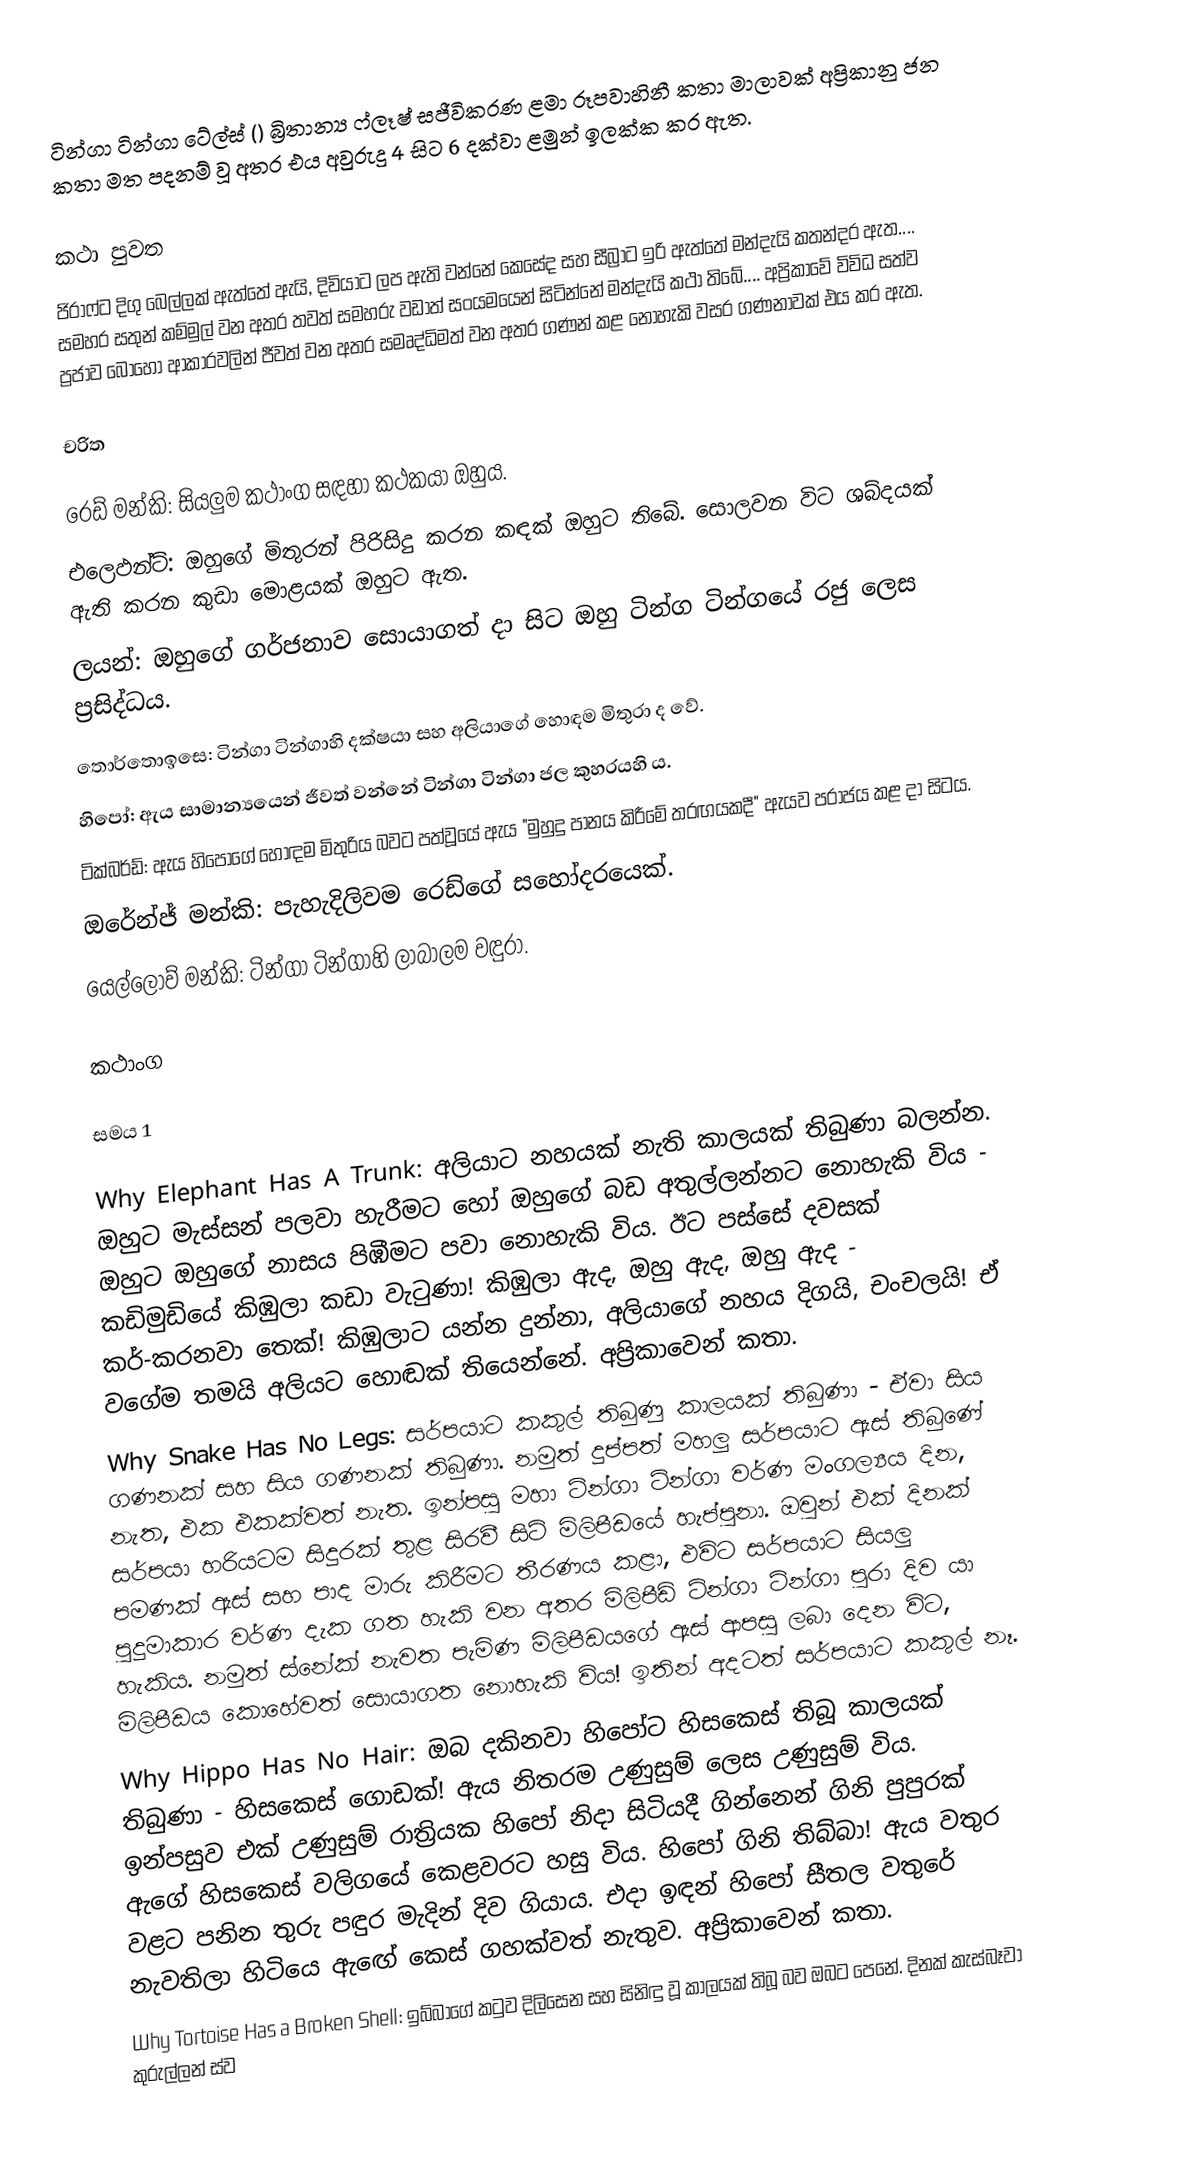
ටින්ගා ටින්ගා ටේල්ස් () බ්‍රිතාන්‍ය ෆ්ලෑෂ් සජීවිකරණ ළමා රූපවාහිනී කතා මාලාවක් අප්‍රිකානු ජන කතා මත පදනම් වූ අතර එය අවුරුදු 4 සිට 6 දක්වා ළමුන් ඉලක්ක කර ඇත.

කථා පුවත
ජිරාෆ්ට දිගු බෙල්ලක් ඇත්තේ ඇයි, දිවියාට ලප ඇති වන්නේ කෙසේද සහ සීබ්‍රාට ඉරි ඇත්තේ මන්දැයි කතන්දර ඇත.... සමහර සතුන් කම්මුල් වන අතර තවත් සමහරු වඩාත් සංයමයෙන් සිටින්නේ මන්දැයි කථා තිබේ.... අප්‍රිකාවේ විවිධ සත්ව ප්‍රජාව බොහෝ ආකාරවලින් ජීවත් වන අතර සමෘද්ධිමත් වන අතර ගණන් කළ නොහැකි වසර ගණනාවක් එය කර ඇත.

චරිත

 රෙඩ් මන්කි: සියලුම කථාංග සඳහා කථකයා ඔහුය.
 එලෙඵන්ට්: ඔහුගේ මිතුරන් පිරිසිදු කරන කඳක් ඔහුට තිබේ. සොලවන විට ශබ්දයක් ඇති කරන කුඩා මොළයක් ඔහුට ඇත.
 ලයන්: ඔහුගේ ගර්ජනාව සොයාගත් දා සිට ඔහු ටින්ග ටින්ගයේ රජු ලෙස ප්‍රසිද්ධය.
 තොර්තොඉසෙ: ටින්ගා ටින්ගාහි දක්ෂයා සහ අලියාගේ හොඳම මිතුරා ද වේ.
 හිපෝ: ඇය සාමාන්‍යයෙන් ජීවත් වන්නේ ටින්ගා ටින්ගා ජල කුහරයහි ය.
 ටික්බර්ඩ්: ඇය හිපෝගේ හොඳම මිතුරිය බවට පත්වූයේ ඇය "මුහුදු පානය කිරීමේ තරඟයකදී" ඇයව පරාජය කළ දා සිටය.
 ඔරේන්ජ් මන්කි: පැහැදිලිවම රෙඩ්ගේ සහෝදරයෙක්.
 යෙල්ලොව් මන්කි: ටින්ගා ටින්ගාහි ලාබාලම වඳුරා.

කථාංග

සමය 1

 Why Elephant Has A Trunk: අලියාට නහයක් නැති කාලයක් තිබුණා බලන්න. ඔහුට මැස්සන් පලවා හැරීමට හෝ ඔහුගේ බඩ අතුල්ලන්නට නොහැකි විය - ඔහුට ඔහුගේ නාසය පිඹීමට පවා නොහැකි විය. ඊට පස්සේ දවසක් කඩිමුඩියේ කිඹුලා කඩා වැටුණා! කිඹුලා ඇද, ඔහු ඇද, ඔහු ඇද - කර්-කරනවා තෙක්! කිඹුලාට යන්න දුන්නා, අලියාගේ නහය දිගයි, චංචලයි! ඒ වගේම තමයි අලියට හොඬක් තියෙන්නේ. අප්‍රිකාවෙන් කතා.
 Why Snake Has No Legs: සර්පයාට කකුල් තිබුණු කාලයක් තිබුණා - ඒවා සිය ගණනක් සහ සිය ගණනක් තිබුණා. නමුත් දුප්පත් මහලු සර්පයාට ඇස් තිබුණේ නැත, එක එකක්වත් නැත. ඉන්පසු මහා ටින්ගා ටින්ගා වර්ණ මංගල්‍යය දින, සර්පයා හරියටම සිදුරක් තුළ සිරවී සිටි මිලිපීඩයේ හැප්පුනා. ඔවුන් එක් දිනක් පමණක් ඇස් සහ පාද මාරු කිරීමට තීරණය කළා, එවිට සර්පයාට සියලු පුදුමාකාර වර්ණ දැක ගත හැකි වන අතර මිලිපීඩ් ටින්ගා ටින්ගා පුරා දිව යා හැකිය. නමුත් ස්නේක් නැවත පැමිණ මිලිපීඩයගේ ඇස් ආපසු ලබා දෙන විට, මිලිපීඩය කොහේවත් සොයාගත නොහැකි විය! ඉතින් අදටත් සර්පයාට කකුල් නෑ.
 Why Hippo Has No Hair: ඔබ දකිනවා හිපෝට හිසකෙස් තිබූ කාලයක් තිබුණා - හිසකෙස් ගොඩක්! ඇය නිතරම උණුසුම් ලෙස උණුසුම් විය. ඉන්පසුව එක් උණුසුම් රාත්‍රියක හිපෝ නිදා සිටියදී ගින්නෙන් ගිනි පුපුරක් ඇගේ හිසකෙස් වලිගයේ කෙළවරට හසු විය. හිපෝ ගිනි තිබ්බා! ඇය වතුර වළට පනින තුරු පඳුර මැදින් දිව ගියාය. එදා ඉඳන් හිපෝ සීතල වතුරේ නැවතිලා හිටියෙ ඇඟේ කෙස් ගහක්වත් නැතුව. අප්‍රිකාවෙන් කතා.
 Why Tortoise Has a Broken Shell: ඉබ්බාගේ කටුව දිලිසෙන සහ සිනිඳු වූ කාලයක් තිබූ බව ඔබට පෙනේ. දිනක් කැස්බෑවා කුරුල්ලන් ස්ව